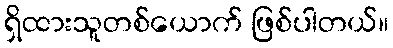
ရှိထားသူတစ်ယောက် ဖြစ်ပါတယ်။